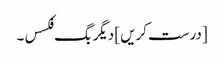
[درست کریں] دیگر بگ فکسس۔